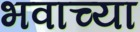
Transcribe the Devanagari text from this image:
भवाच्या